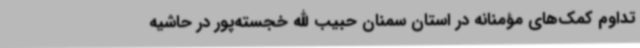
تداوم کمک‌های مؤمنانه در استان سمنان حبیب الله خجسته‌پور در حاشیه